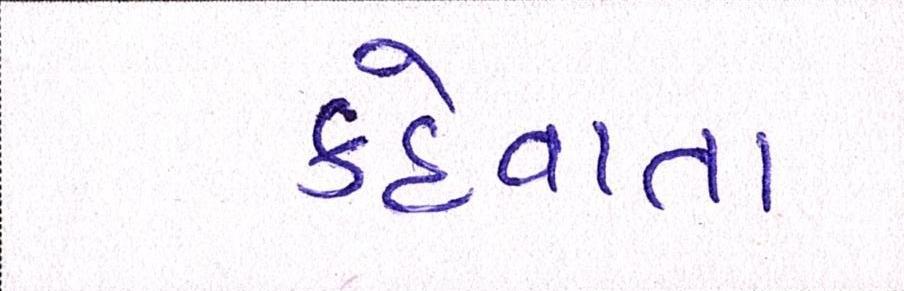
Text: કહેવાતા